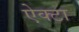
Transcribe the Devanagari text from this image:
ऐक्टा